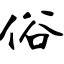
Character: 俗